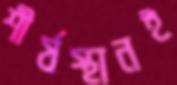
শীর্ষস্থানই